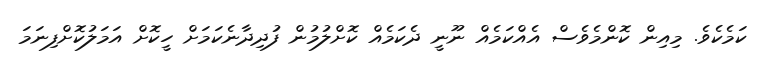
ކަމެކެވެ. މިއިން ކޮންމެވެސް އެއްކަމެއް ނޫނީ ދެކަމެއް ކޮށްލުމުން ފުދިދާނެކަމަށް ހީކޮށް އަމަލުކޮށްފިނަމަ